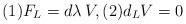
LaTeX: \begin{align*}(1) F_L = d\lambda\, V, (2) d_L V = 0\end{align*}